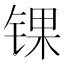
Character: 锞